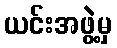
ယင်းအဖွဲ့မှ